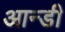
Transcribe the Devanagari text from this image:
आन्डी